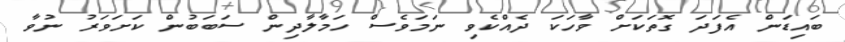
ބައިޑަން އެފަދަ ގޮތަކަށް ވާހަކަ ދެއްކެވި ނަމަވެސް ހަމާލާދިން ސަބަބުން ކަށަވަރު ނުވާ